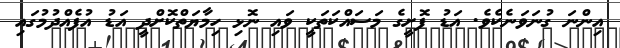
އިންނަ ގުނަވަނެކެވެ. އަޑު ފޮށީގެ މަސައްކަތަކީ ވައި ނޮޅި ހިމާޔަތްކޮށްދީ އަޑު އުފެއްދުމުގައި